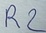
Text: R2